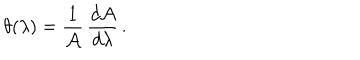
LaTeX: \theta ( \lambda ) = { \frac { 1 } { \cal A } } \, { \frac { d { \cal A } } { d \lambda } } \, .